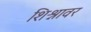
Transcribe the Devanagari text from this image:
शिश्नावर